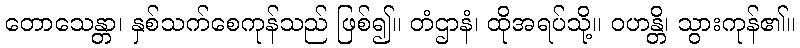
တောသေန္တာ၊ နှစ်သက်စေကုန်သည် ဖြစ်၍။ တံဌာနံ၊ ထိုအရပ်သို့။ ဝဟန္တိ၊ သွားကုန်၏။